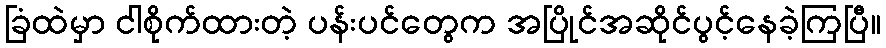
ခြံထဲမှာ ငါစိုက်ထားတဲ့ ပန်းပင်တွေက အပြိုင်အဆိုင်ပွင့်နေခဲ့ကြပြီ။